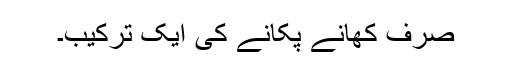
صرف کھانے پکانے کی ایک ترکیب۔